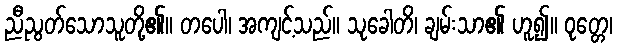
ညီညွတ်သောသူတို့၏။ တပေါ၊ အကျင့်သည်။ သုခေါတိ၊ ချမ်းသာ၏ ဟူ၍။ ဝုတ္တေ၊